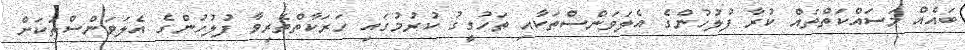
ބައެއް މަސައްކަތްތައް ކުރާ ފުލުހުންގެ އެލަވަންސްތަކާއި ތަހުގީގު ކުރުމުގައި ހަރަކާތްތެރިވާ ފުލުހުންގެ އެލަވަންސްތަކަށް